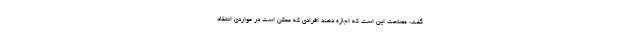
گفت: مصلحت این است که اجازه دهند افرادی که ممکن است در مواردی انتقاد